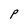
Character: P